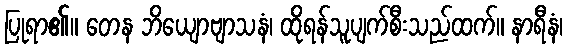
ပြုရာ၏။ တေန ဘိယျောဗျာသနံ၊ ထိုရန်သူပျက်စီးသည်ထက်။ နာရီနံ၊